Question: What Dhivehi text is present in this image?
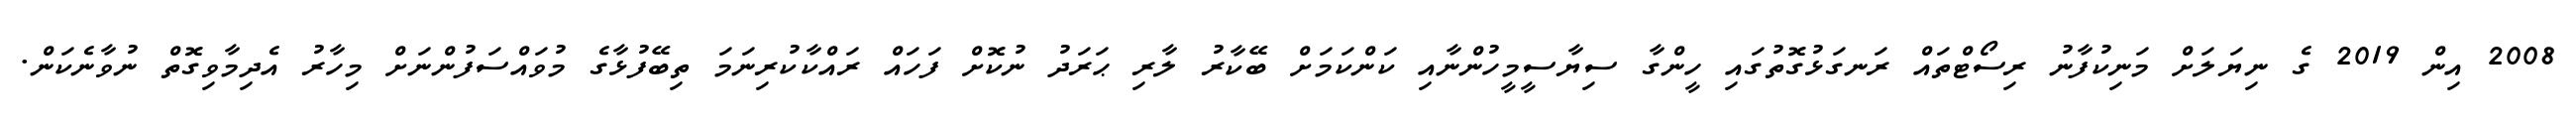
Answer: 2008 އިން 2019 ގެ ނިޔަލަށް މަނިކުފާނު ރިސޯޓްތައް ރަނގަޅުގޮތުގައި ހީންގާ ސިޔާސީމީހުންނާއި ކަންކަމަށް ބޭކާރު ލާރި ޙަރަދު ނުކޮށް ފަހައް ރައްކާކުރިނަމަ ތިބޭފުޅާގެ މުވައްސަފުންނަށް މިހާރު އެދިމާވިގޮތް ނުވާނެކަން.